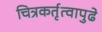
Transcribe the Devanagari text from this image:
चित्रकर्तृत्वापुढे